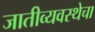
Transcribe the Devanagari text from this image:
जातीव्यवस्थेचा